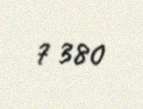
7 380